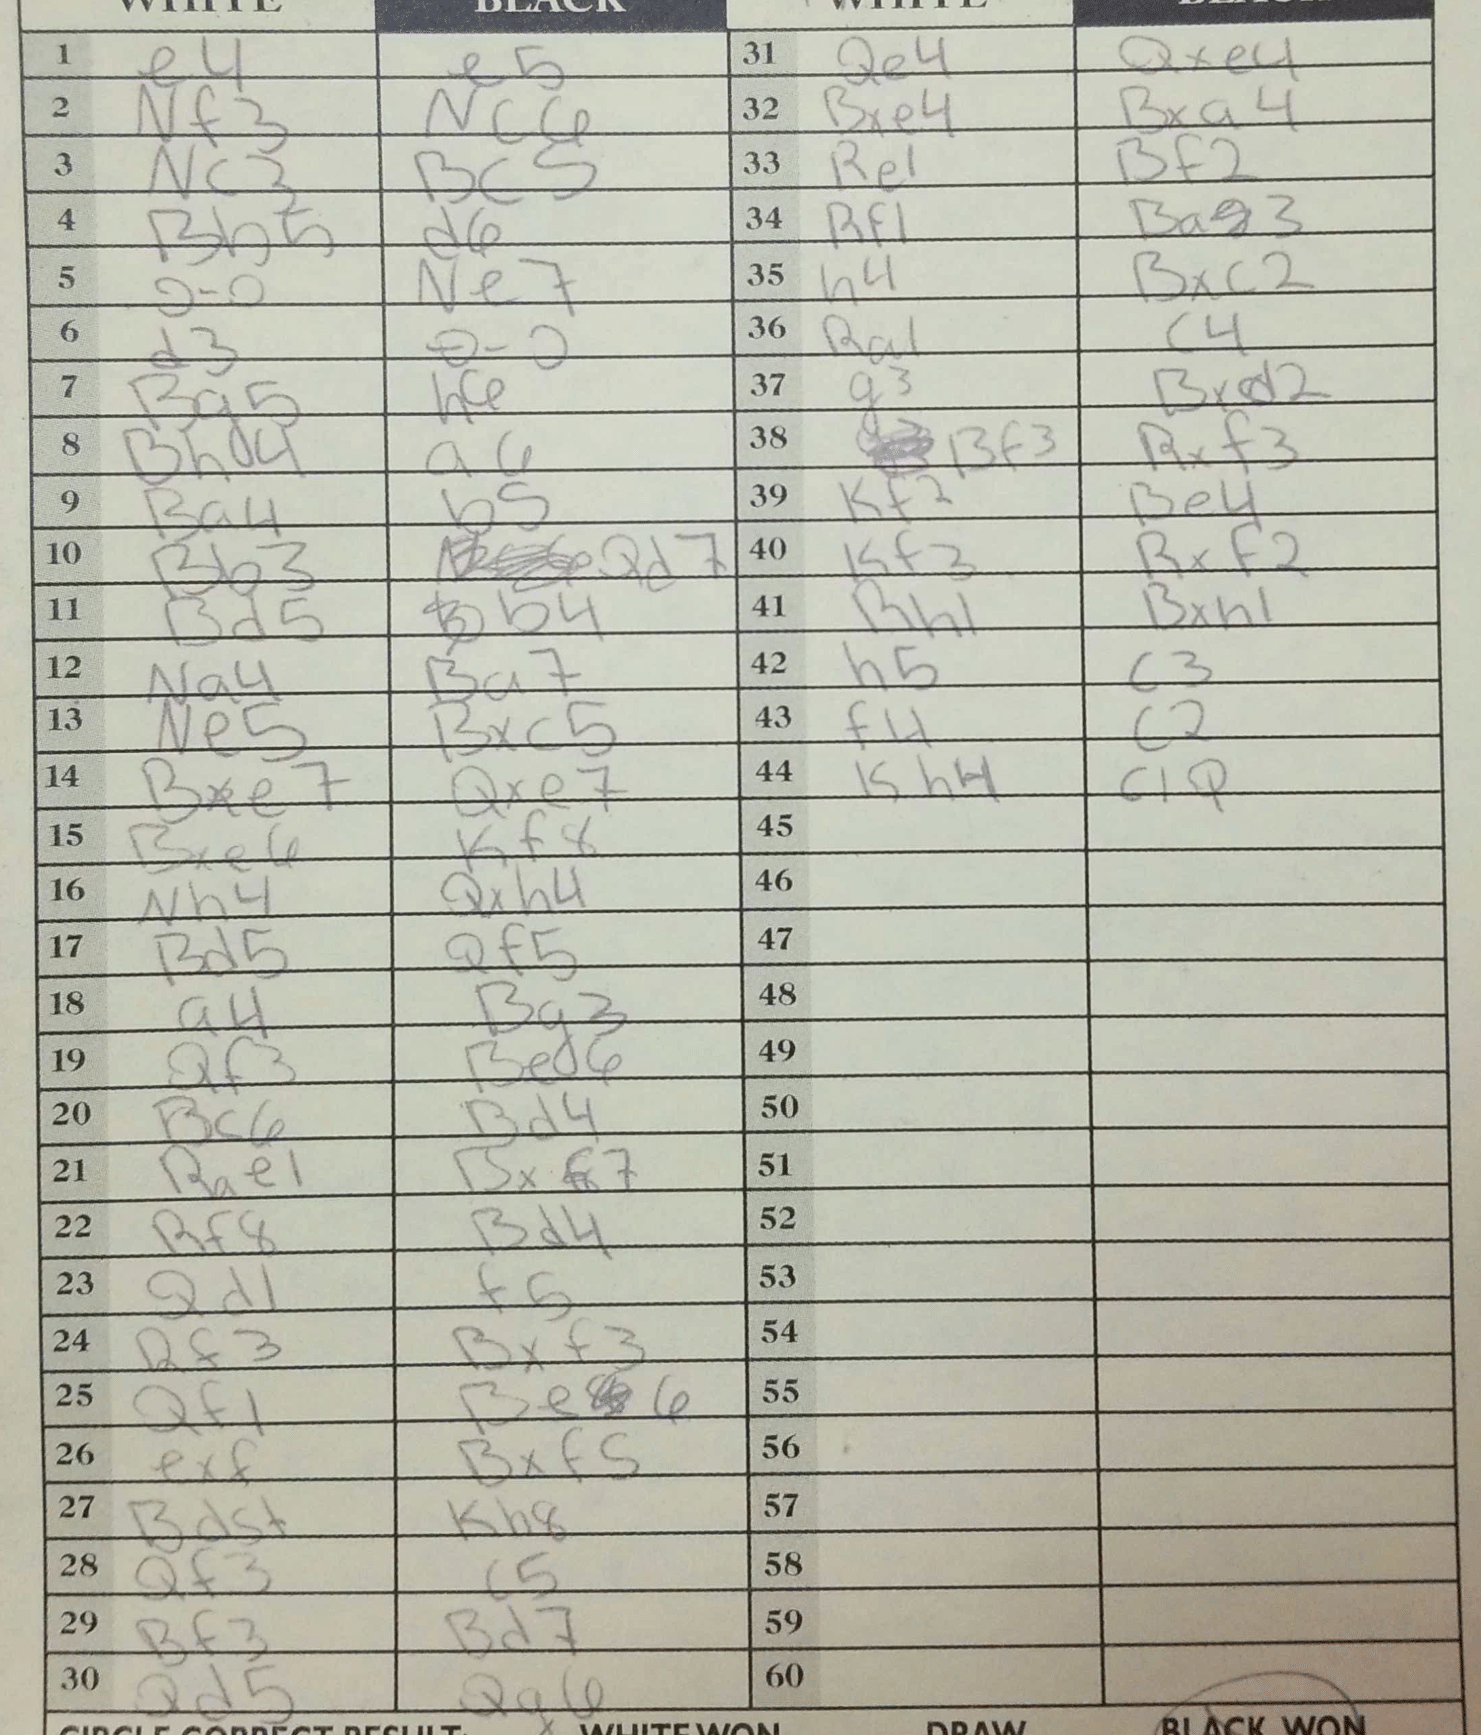
Moves: e4 e5 Nf3 Nc6 Nc3 Bc5 Bb5 d6 O-O Ne7 d3 O-O Bg5 h6 Bhd4 a6 Ba4 b5 Bb3 Qd7 Bd5 b4 Na4 Ba7 Ne5 Bxc5 Bxe7 Qxe7 Bxe6 Kf8 Nh4 Qxh4 Bd5 Qf5 a4 Bg3 Qf3 Bed6 Bc6 Bd4 Rae1 Bxf7 Rf8 Bd4 Qd1 f5 Rf3 Bxf3 Qf1 Be6 exf Bxf5 Bd5+ Kh8 Qf3 c5 Bf3 Bd7 Qd5 Qg6 Qe4 Qxe4 Bxe4 Bxa4 Re1 Bf2 Rf1 Ba3 h4 Bxc2 Ra1 c4 g3 Bxd2 Bf3 Rxf3 Kf2 Be4 Kf3 Rxf2 Rh1 Bxh1 h5 c3 f4 c2 Kh4 c1Q